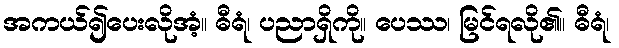
အကယ်၍ပေးလိုအံ့။ ဓီရံ၊ ပညာရှိကို။ ပေဿ၊ မြင်ရလို၏။ ဓီရံ၊